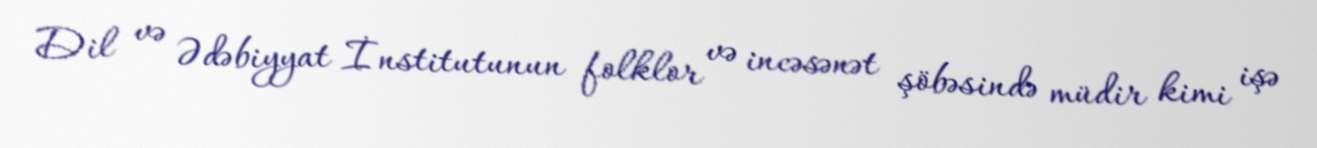
Dil və Ədəbiyyat İnstitutunun folklor və incəsənət şöbəsində müdir kimi işə